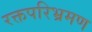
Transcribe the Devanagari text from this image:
रक्तपरिभ्रमण